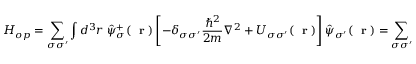
H _ { o p } = \sum _ { \sigma \sigma ^ { \prime } } \int d ^ { 3 } r \; \hat { \psi } _ { \sigma } ^ { + } ( \mathrm { ~ \bf ~ r ~ } ) \left[ - \delta _ { \sigma \sigma ^ { \prime } } \frac { \hbar ^ { 2 } } { 2 m } \nabla ^ { 2 } + U _ { \sigma \sigma ^ { \prime } } ( \mathrm { ~ \bf ~ r ~ } ) \right] \hat { \psi } _ { \sigma ^ { \prime } } ( \mathrm { ~ \bf ~ r ~ } ) = \sum _ { \sigma \sigma ^ { \prime } } \int d ^ { 3 } r \, \hat { \psi } _ { \sigma ^ { \prime } } ^ { + } ( \mathrm { ~ \bf ~ r ~ } ) h _ { \sigma ^ { \prime } \sigma } \hat { \psi } _ { \sigma } ( \mathrm { ~ \bf ~ r ~ } )